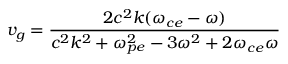
v _ { g } = \frac { 2 c ^ { 2 } k ( \omega _ { c e } - \omega ) } { c ^ { 2 } k ^ { 2 } + \omega _ { p e } ^ { 2 } - 3 \omega ^ { 2 } + 2 \omega _ { c e } \omega }